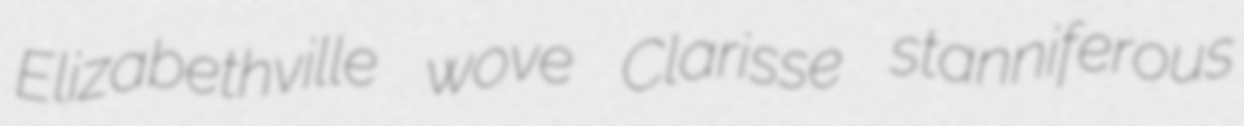
Elizabethville wove Clarisse stanniferous